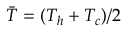
\bar { T } = ( T _ { h } + T _ { c } ) / 2